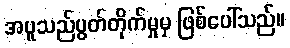
အပူသည်ပွတ်တိုက်မှုမှ ဖြစ်ပေါ်သည်။